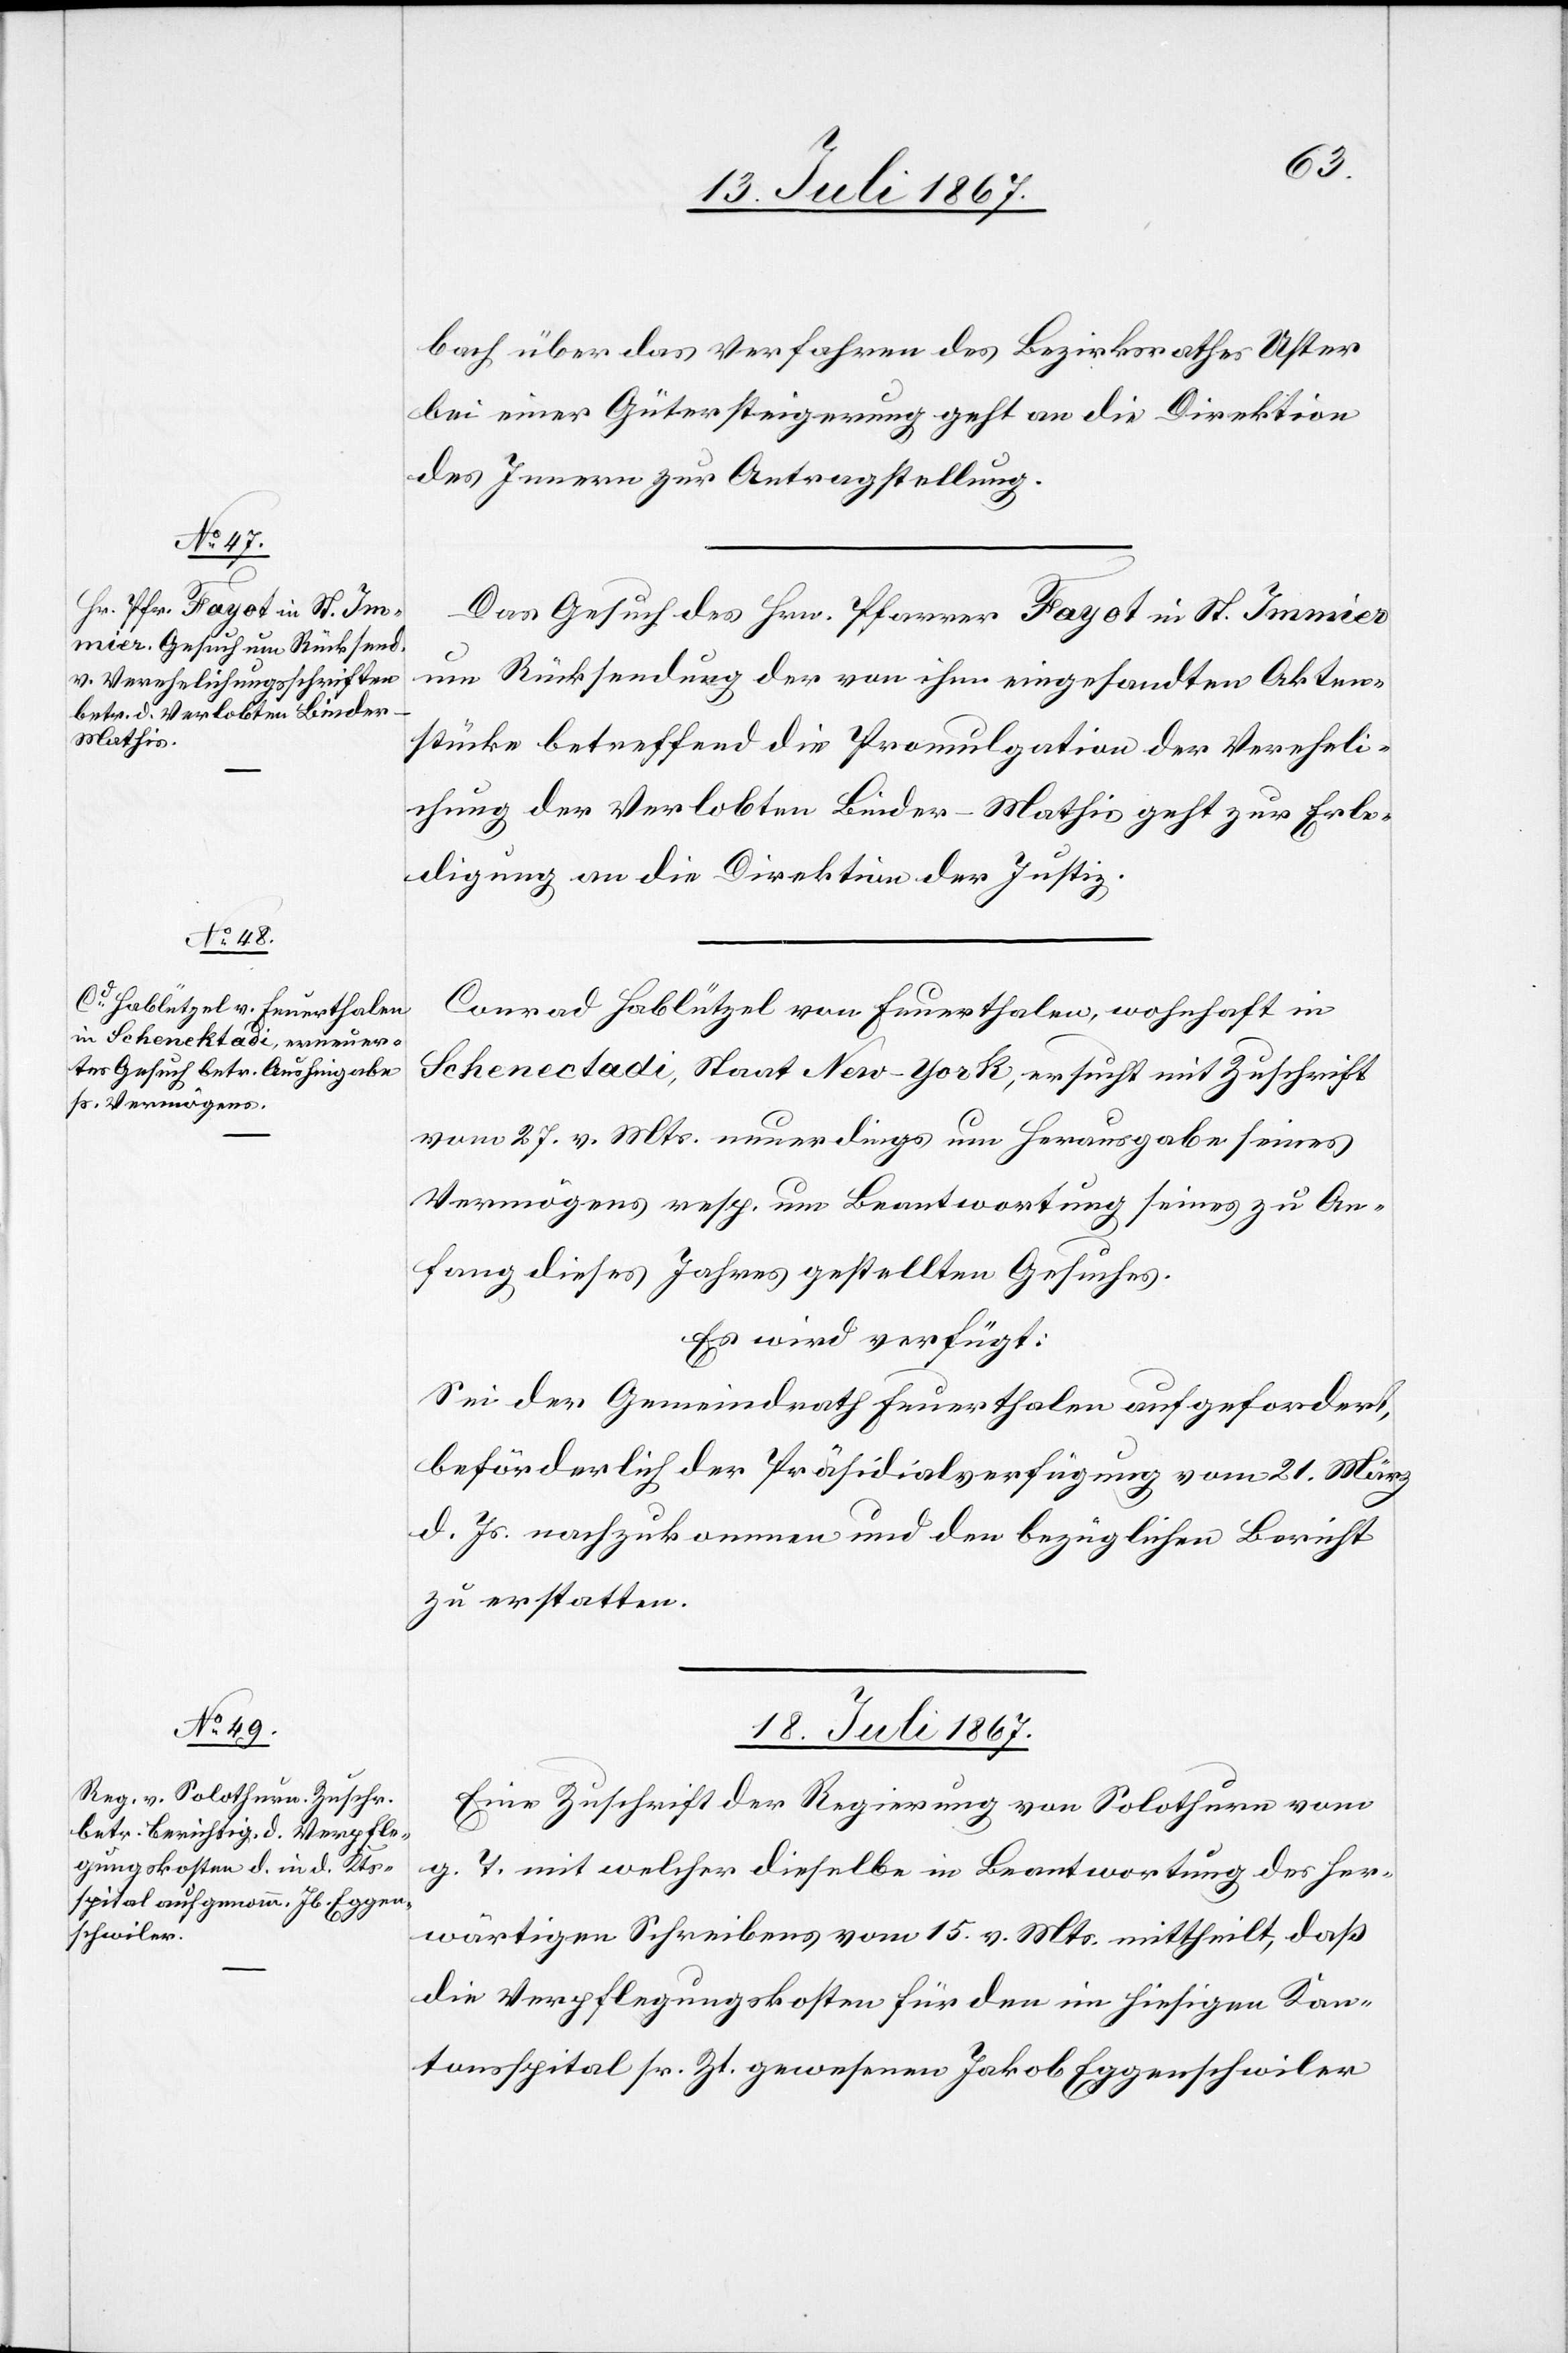
18. Juli 1867.
bach über das Verfahren des Bezirksrathes Uster
bei einer Güterversteigerung geht an die Direktion
des Innern zur Antragstellung.
Das Gesuch des Hrn. Pfarrer Fayot in St. Immier
um Rücksendung der von ihm eingesandten Akten¬
stücke betreffend die Promulgation der Vereheli¬
chung der Verlobten Linder-Mathis geht zur Erle¬
digung an die Direktion der Justiz.
Conrad Hablützel von Feuerthalen, wohnhaft in
Schenectadi, Staat New-York, ersuch mit Zuschrift
vom 27. v. Mts. neuerdings um Herausgabe seines
Vermögens resp- Beantwortung seines zu An¬
fang dieses Jahres gestellten Gesuches.
Es wird verfügt:
Sei der Gemeindrath Feuerthalen aufgefordert,
beförderlich der Präsidialverfügung vom 21. März
d. Js. nachzukommen und den bezüglichen Bericht
zu erstatten.
Eine Zuschrift der Regierung von Solothurn vom
g. T. mit welcher dieselbe in Beantwortung des her¬
wärtigen Schreibens vom 15. v. Mts. mittheilt, daß
die Verpflegungskosten für den im hiesigen Kan¬
tonsspital sr. Zt. gewesenen Jakob Eggenschwiler